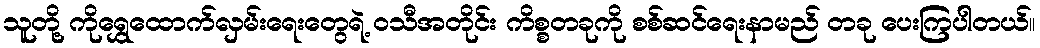
သူတို့ ကိုရွှေထောက်လှမ်းရေးတွေရဲ့ ဝသီအတိုင်း ကိစ္စတခုကို စစ်ဆင်ရေးနာမည် တခု ပေးကြပါတယ်။